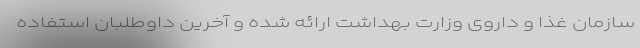
سازمان غذا و داروی وزارت بهداشت ارائه شده و آخرین داوطلبان استفاده